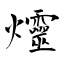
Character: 爧